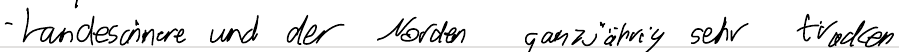
- Landesinnere und der Norden ganzjährig sehr trocken